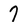
Character: 7